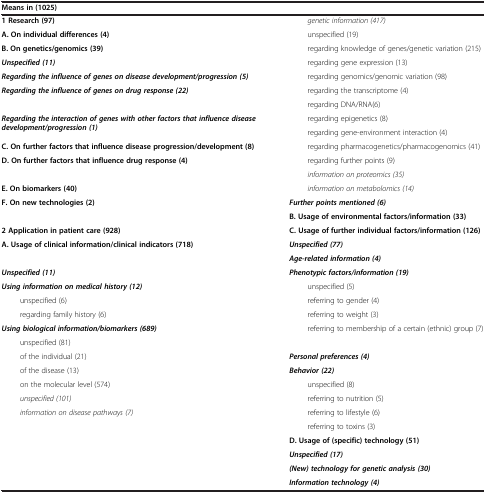
| <COLSPAN=2> Means in (1025) |
 | --- | --- |
 | 1 Research (97) | genetic information (417) |
 | A. On individual differences (4) | unspecified (19) |
 | B. On genetics/genomics (39) | regarding knowledge of genes/genetic variation (215) |
 | Unspecified (11) | regarding gene expression (13) |
 | Regarding the influence of genes on disease development/progression (5) | regarding genomics/genomic variation (98) |
 | <ROWSPAN=2> Regarding the influence of genes on drug response (22) | regarding the transcriptome (4) |
 | regarding DNA/RNA(6) |
 | <ROWSPAN=2> Regarding the interaction of genes with other factors that influence disease development/progression (1) | regarding epigenetics (8) |
 | regarding gene-environment interaction (4) |
 | C. On further factors that influence disease progression/development (8) | regarding pharmacogenetics/pharmacogenomics (41) |
 | <ROWSPAN=2> D. On further factors that influence drug response (4) | regarding further points (9) |
 | information on proteomics (35) |
 | E. On biomarkers (40) | information on metabolomics (14) |
 | F. On new technologies (2) | Further points mentioned (6) |
 |  | B. Usage of environmental factors/information (33) |
 | 2 Application in patient care (928) | C. Usage of further individual factors/information (126) |
 | <ROWSPAN=2> A. Usage of clinical information/clinical indicators (718) | Unspecified (77) |
 | Age-related information (4) |
 | Unspecified (11) | Phenotypic factors/information (19) |
 | Using information on medical history (12) | unspecified (5) |
 | unspecified (6) | referring to gender (4) |
 | regarding family history (6) | referring to weight (3) |
 | Using biological information/biomarkers (689) | <ROWSPAN=2> referring to membership of a certain (ethnic) group (7) |
 | unspecified (81) |
 | of the individual (21) | Personal preferences (4) |
 | of the disease (13) | Behavior (22) |
 | on the molecular level (574) | unspecified (8) |
 | unspecified (101) | referring to nutrition (5) |
 | information on disease pathways (7) | referring to lifestyle (6) |
 |  | referring to toxins (3) |
 |  | D. Usage of (specific) technology (51) |
 |  | Unspecified (17) |
 |  | (New) technology for genetic analysis (30) |
 |  | Information technology (4) |